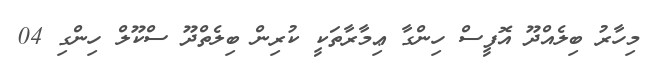
މިހާރު ބިލެއްދޫ އޮފީސް ހިންގާ ޢިމާރާތަކީ ކުރިން ބިލެތްދޫ ސްކޫލް ހިންގި 04